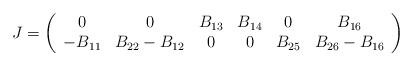
LaTeX: \begin{align*}J=\left (\begin{array}{cccccc} 0 & 0 & B_{13} & B_{14} &0 & B_{16}\\-B_{11} & B_{22}-B_{12} & 0 & 0 & B_{25} & B_{26}-B_{16}\end{array}\right)\end{align*}